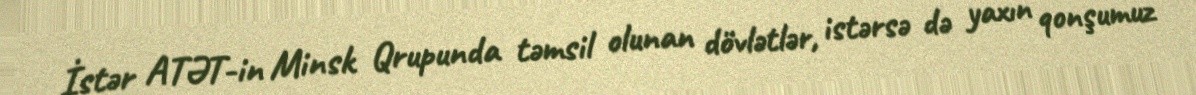
İstər ATƏT-in Minsk Qrupunda təmsil olunan dövlətlər, istərsə də yaxın qonşumuz